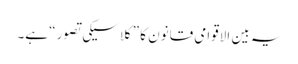
یہ بین الاقوامی قانون کا ”کلاسیکی تصور“ ہے۔